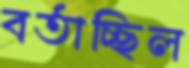
বর্তাচ্ছিল